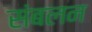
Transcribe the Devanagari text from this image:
संबलन